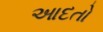
આદતો